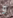
و